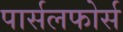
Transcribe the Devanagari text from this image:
पार्सलफोर्स